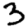
Digit: 3